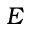
E